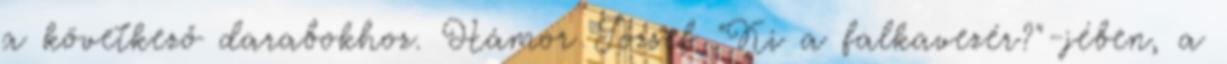
a következő darabokhoz. Hámor József "Ki a falkavezér?"-jében, a